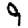
Digit: 9